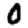
Digit: 0